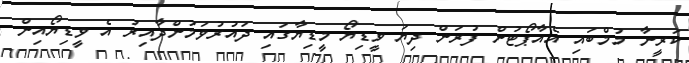
ކަރީނާ މުމްބައި އެއާޕޯޓުން ފުރަން ދިޔަ ވީޑިޔޯ މީޑިޔާގައި ދައުރުވަމުންދާއިރު އެ ވީޑިޔޯއިން